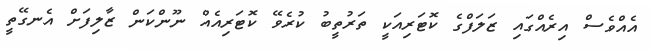
އެއްވެސް އިރެއްގައި ޒަލަފްގެ ކޮޓަރިއަކީ ތަރުތީބު ކުރެވޭ ކޮޓަރިއެއް ނޫންކަން ޒާލިފަށް އެނގޭތީ